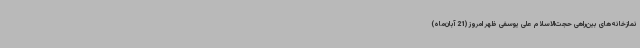
نمازخانه‌های بین‌راهی حجت‌الاسلام علی یوسفی ظهر امروز (21 آبان‌ماه)